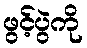
ဖွင့်ပွဲကို